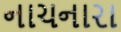
નાચનારા